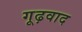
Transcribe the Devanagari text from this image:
गूढ़वाद